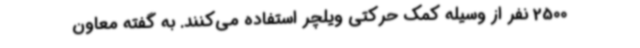
2500 نفر از وسیله کمک حرکتی ویلچر استفاده می‌کنند. به گفته معاون